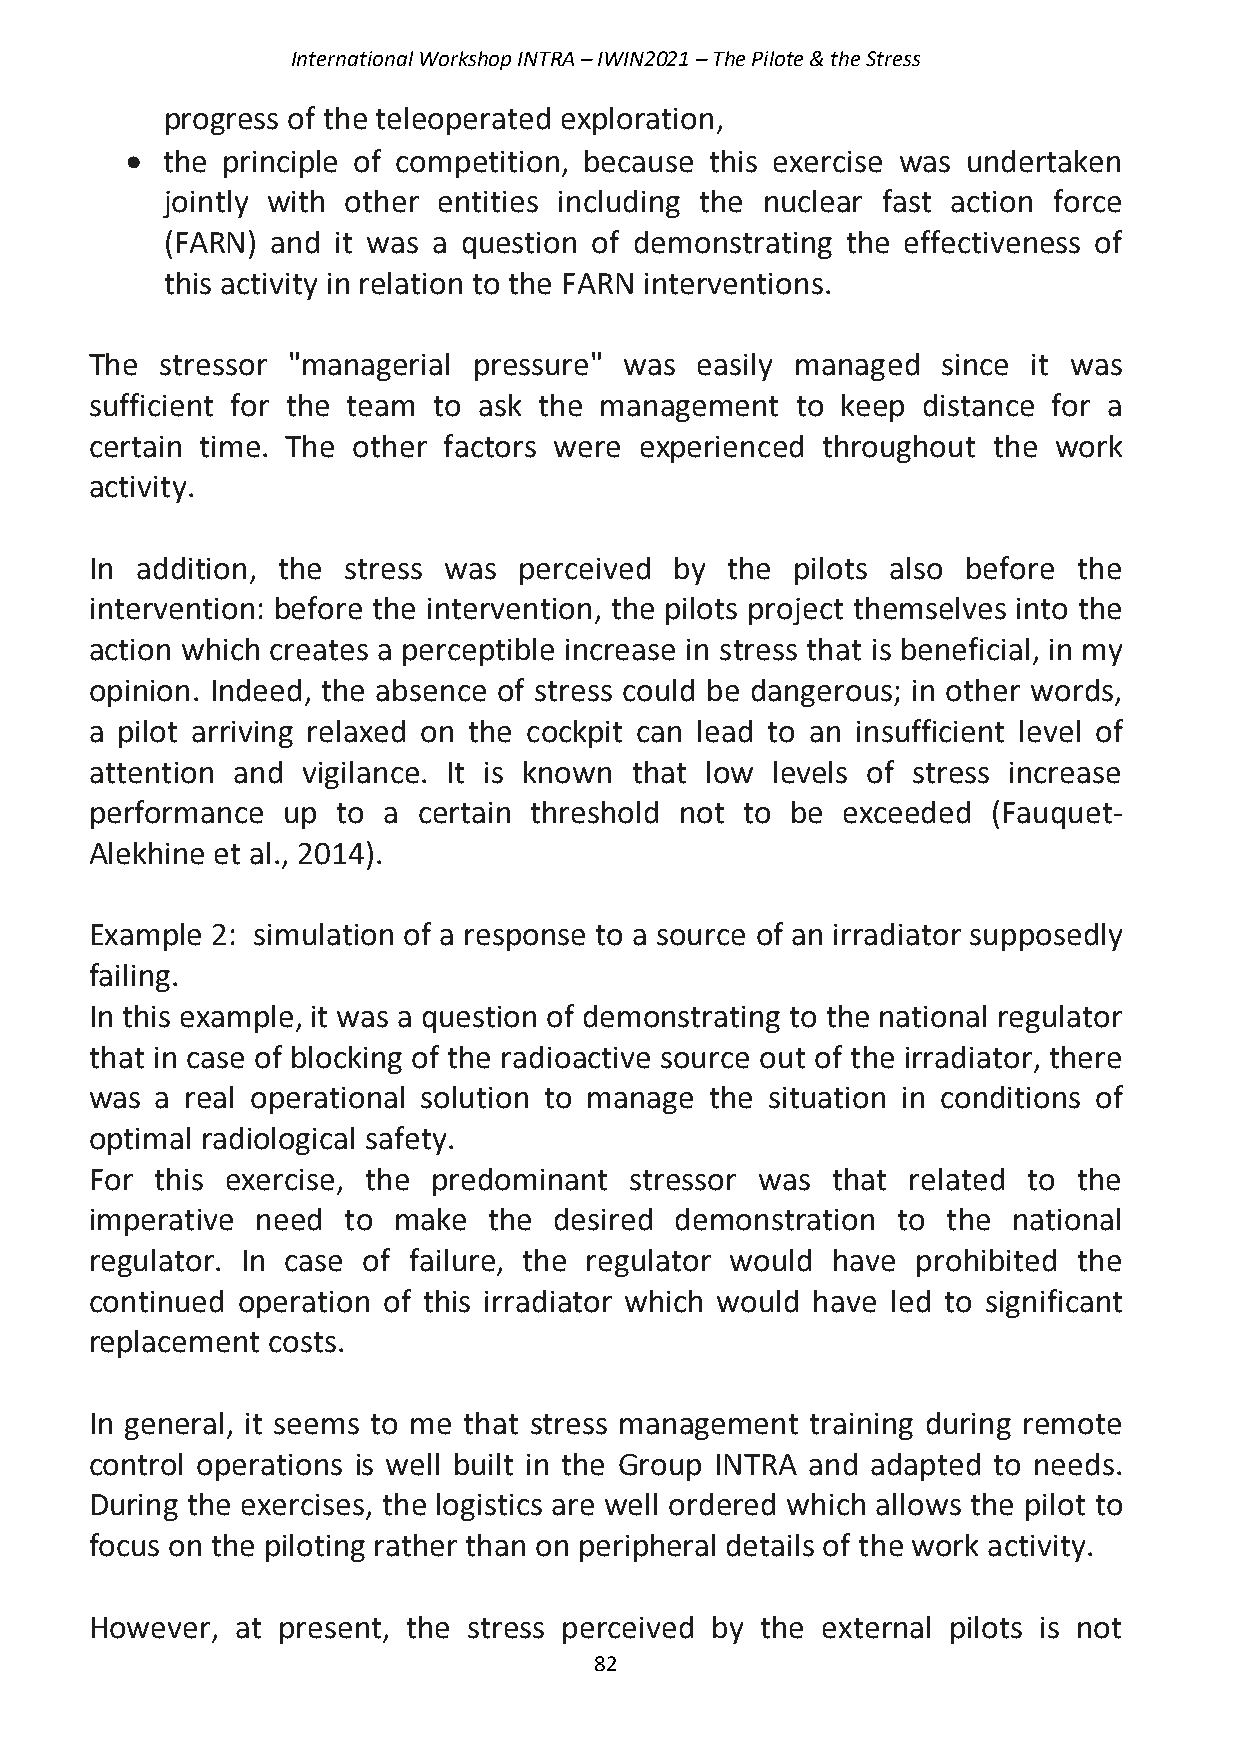
International Workshop INTRA – IWIN2021 – The Pilote & the Stress
 progress of the teleoperated exploration,
 •  the principle of competition, because this exercise was undertaken
 jointly with other entities including the nuclear fast action force
 (FARN) and it was a question of demonstrating the effectiveness of
 this activity in relation to the FARN interventions.
 The  stressor "managerial pressure" was easily managed  since it was
 sufficient for the team to ask the management  to keep distance for a
 certain time. The other factors were experienced throughout the work
 activity.
 In addition, the stress was perceived  by the  pilots also before the
 intervention: before the intervention, the pilots project themselves into the
 action which creates a perceptible increase in stress that is beneficial, in my
 opinion. Indeed, the absence of stress could be dangerous; in other words,
 a pilot arriving relaxed on the cockpit can lead to an insufficient level of
 attention and vigilance. It is known that low levels of stress increase
 performance  up to a  certain threshold not to be exceeded  (Fauquet-
 Alekhine et al., 2014).
 Example 2: simulation of a response to a source of an irradiator supposedly
 failing.
 In this example, it was a question of demonstrating to the national regulator
 that in case of blocking of the radioactive source out of the irradiator, there
 was a real operational solution to manage the situation in conditions of
 optimal radiological safety.
 For this exercise, the predominant  stressor was that related to the
 imperative need  to make  the  desired demonstration to  the national
 regulator. In case of failure, the regulator would have prohibited the
 continued operation of this irradiator which would have led to significant
 replacement costs.
 In general, it seems to me that stress management training during remote
 control operations is well built in the Group INTRA and adapted to needs.
 During the exercises, the logistics are well ordered which allows the pilot to
 focus on the piloting rather than on peripheral details of the work activity.
 However,  at present, the stress perceived by the external pilots is not
 82